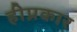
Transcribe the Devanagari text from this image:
हीप्रकार